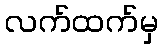
လက်ထက်မှ